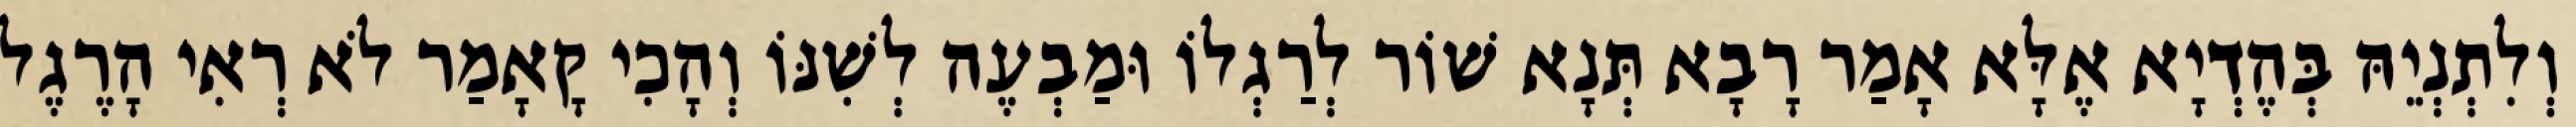
וְלִתְנְיֵהּ בְּהֶדְיָא אֶלָּא אָמַר רָבָא תְּנָא שׁוֹר לְרַגְלוֹ וּמַבְעֶה לְשִׁנּוֹ וְהָכִי קָאָמַר לֹא רְאִי הָרֶגֶל